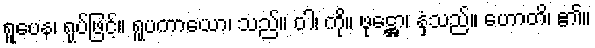
ရူပေန၊ ရုပ်ဖြင့်။ ရူပကာယော၊ သည်။ ဝါ၊ ကို။ ဖုဋ္ဌော၊ နှံ့သည်။ ဟောတိ၊ ၏။